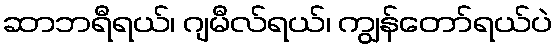
ဆာဘရီရယ်၊ ဂျမီလ်ရယ်၊ ကျွန်တော်ရယ်ပဲ